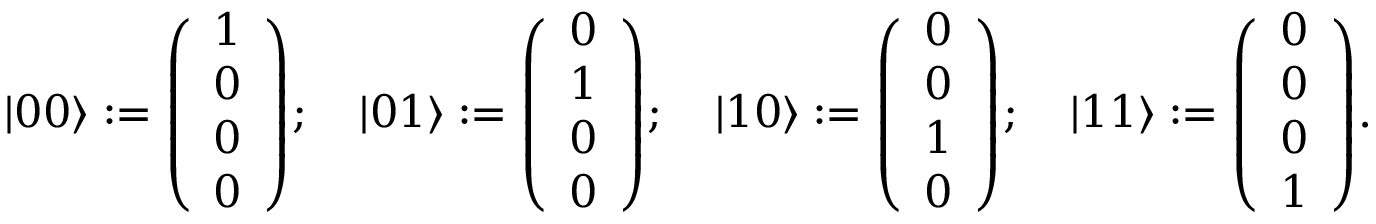
| 0 0 \rangle : = { \left( \begin{array} { l } { 1 } \\ { 0 } \\ { 0 } \\ { 0 } \end{array} \right) } ; \quad | 0 1 \rangle : = { \left( \begin{array} { l } { 0 } \\ { 1 } \\ { 0 } \\ { 0 } \end{array} \right) } ; \quad | 1 0 \rangle : = { \left( \begin{array} { l } { 0 } \\ { 0 } \\ { 1 } \\ { 0 } \end{array} \right) } ; \quad | 1 1 \rangle : = { \left( \begin{array} { l } { 0 } \\ { 0 } \\ { 0 } \\ { 1 } \end{array} \right) } .